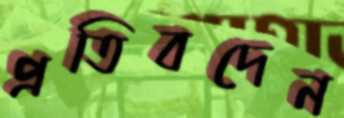
প্রতিবদেন